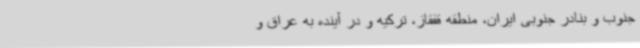
جنوب و بنادر جنوبی ایران، منطقه قفقاز، ترکیه و در آینده به عراق و